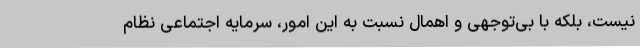
نیست، بلکه با بی‌توجهی و اهمال نسبت به این امور، سرمایه اجتماعی نظام